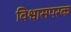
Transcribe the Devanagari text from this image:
विश्वासपरक